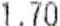
1.70